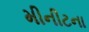
મીનીટના